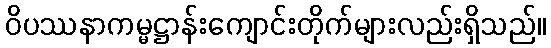
ဝိပဿနာကမ္မဋ္ဌာန်းကျောင်းတိုက်များလည်းရှိသည်။